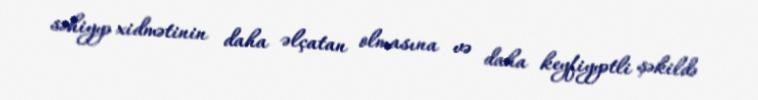
səhiyyə xidmətinin daha əlçatan olmasına və daha keyfiyyətli şəkildə